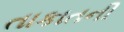
તાકાતની